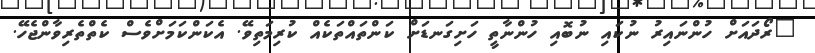
"ރޯދައަށް ހުންނައިރު ނުކައި ނުބޮއި ހުންނާތީ ހަށިގަނޑަށް ކަންތައްތަކެއް ކުރިމަތިވޭ. އެކަންކަމަށްވެސް ކެތްތެރިވާންޖެހޭ.